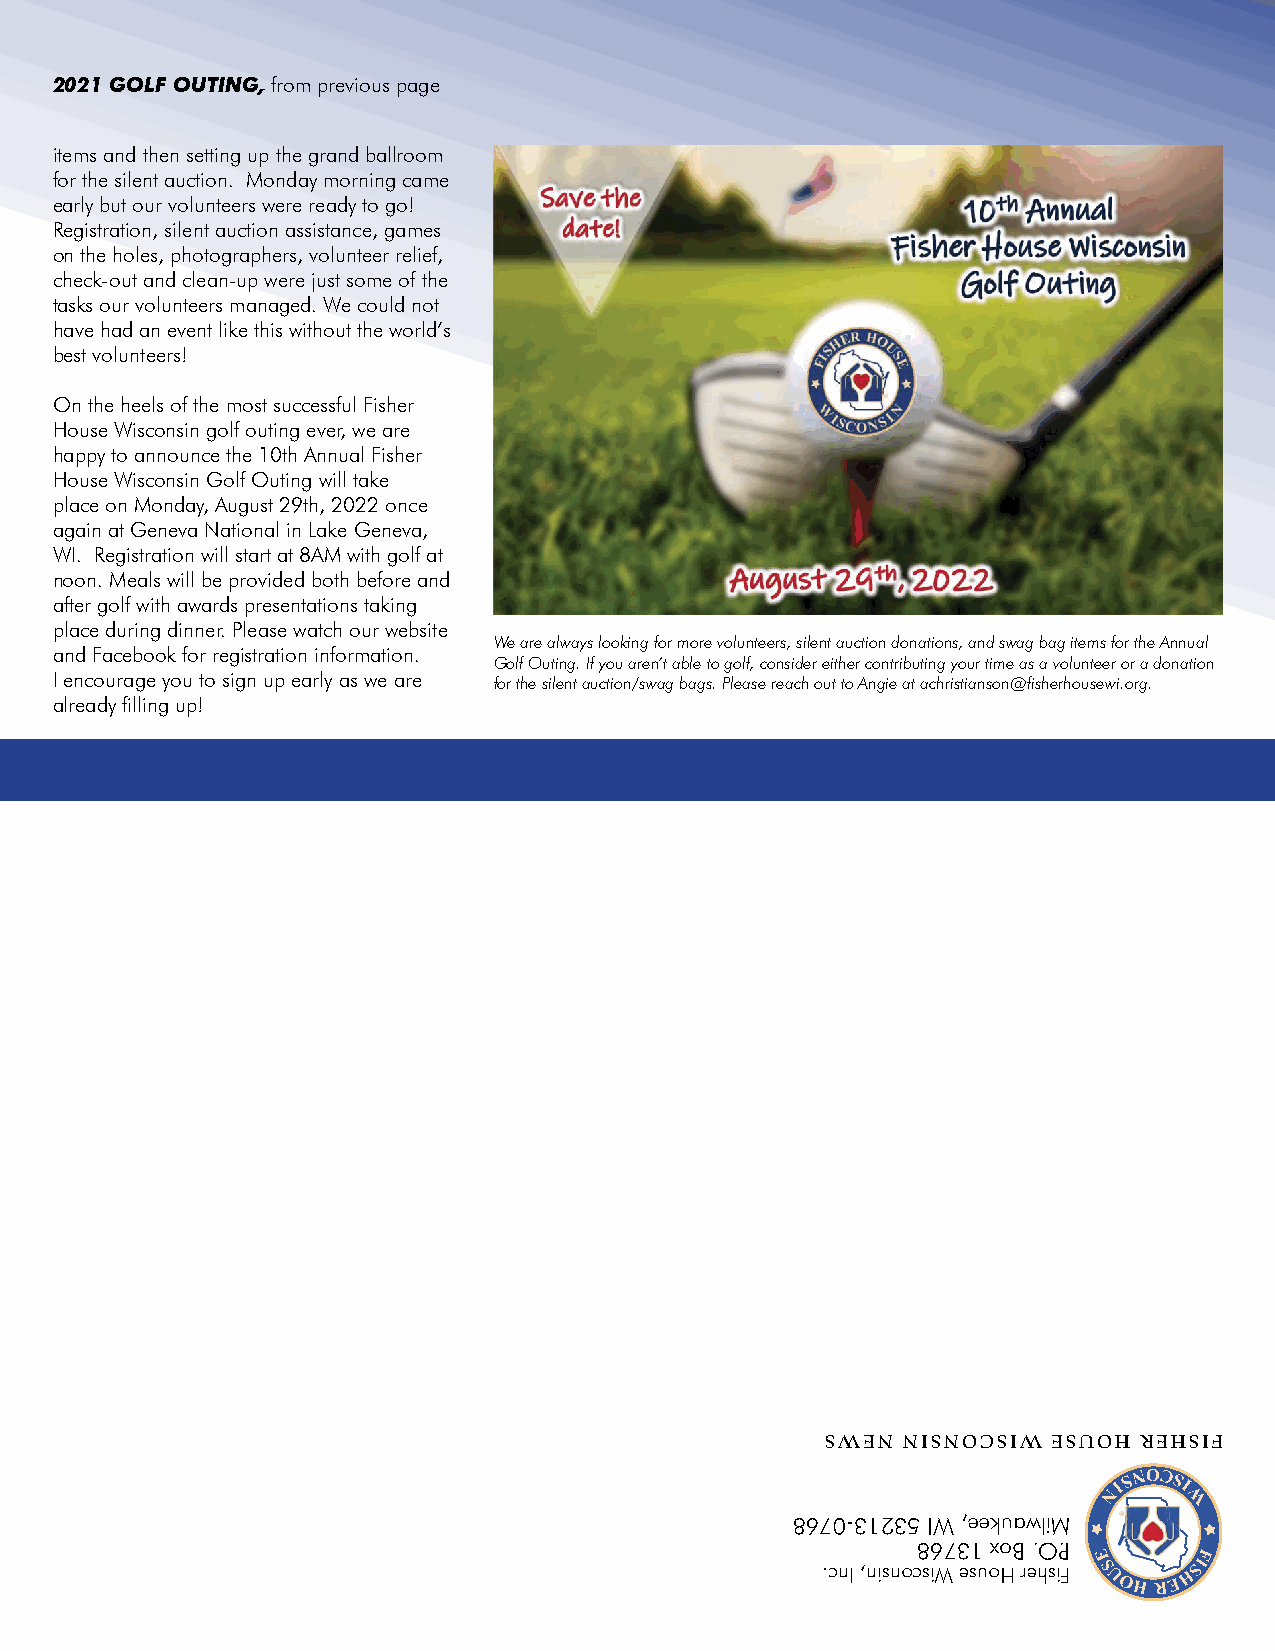
2021 GOLF OUTING, from previous page
 items and then setting up the grand ballroom
 for the silent auction. Monday morning came
 early but our volunteers were ready to go!
 Registration, silent auction assistance, games
 on the holes, photographers, volunteer relief,
 check-out and clean-up were just some of the
 tasks our volunteers managed. We could not
 have had an event like this without the world’s
 best volunteers!
 On the heels of the most successful Fisher
 House Wisconsin golf outing ever, we are
 happy to announce the 10th Annual Fisher
 House Wisconsin Golf Outing will take
 place on Monday, August 29th, 2022 once
 again at Geneva National in Lake Geneva,
 WI. Registration will start at 8AM with golf at
 noon. Meals will be provided both before and
 after golf with awards presentations taking
 place during dinner. Please watch our website
 We are always looking for more volunteers, silent auction donations, and swag bag items for the Annual
 and Facebook for registration information.
 Golf Outing. If you aren’t able to golf, consider either contributing your time as a volunteer or a donation
 I encourage you to sign up early as we are for the silent auction/swag bags. Please reach out to Angie at achristianson@fisherhousewi.org.
 already filling up!
 SWEN NISNOCSIW ESUOH REHSIF
 8670-31235 IW ,eekuawliM
 86731 xoB .O.P
 .cnI ,nisnocsiW esuoH rehsiF